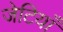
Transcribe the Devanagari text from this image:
जेटियाँ